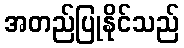
အတည်ပြုနိုင်သည်